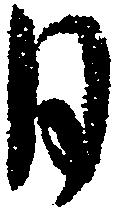
月